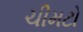
ચીમટો